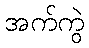
အက်ကွဲ